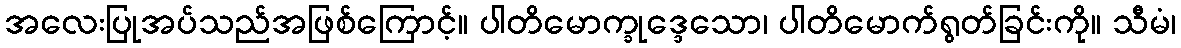
အလေးပြုအပ်သည်အဖြစ်ကြောင့်။ ပါတိမောက္ခုဒ္ဒေသော၊ ပါတိမောက်ရွတ်ခြင်းကို။ သီမံ၊